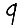
Digit: 9